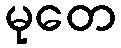
မုတေ